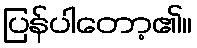
ပြန်ပါတော့၏။